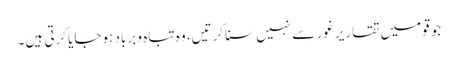
جو قومیں تقاریر غور سے نہیں سنا کرتیں، وہ تباہ و برباد ہوجایا کرتی ہیں۔